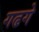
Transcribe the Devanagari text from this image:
गढगे